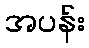
အပန်း